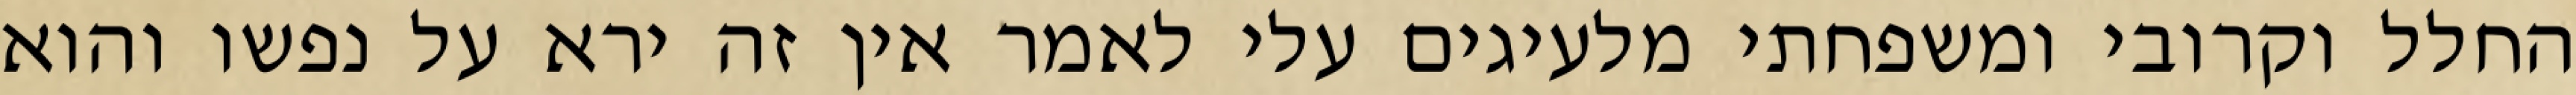
החלל וקרובי ומשפחתי מלעיגים עלי לאמר אין זה ירא על נפשו והוא